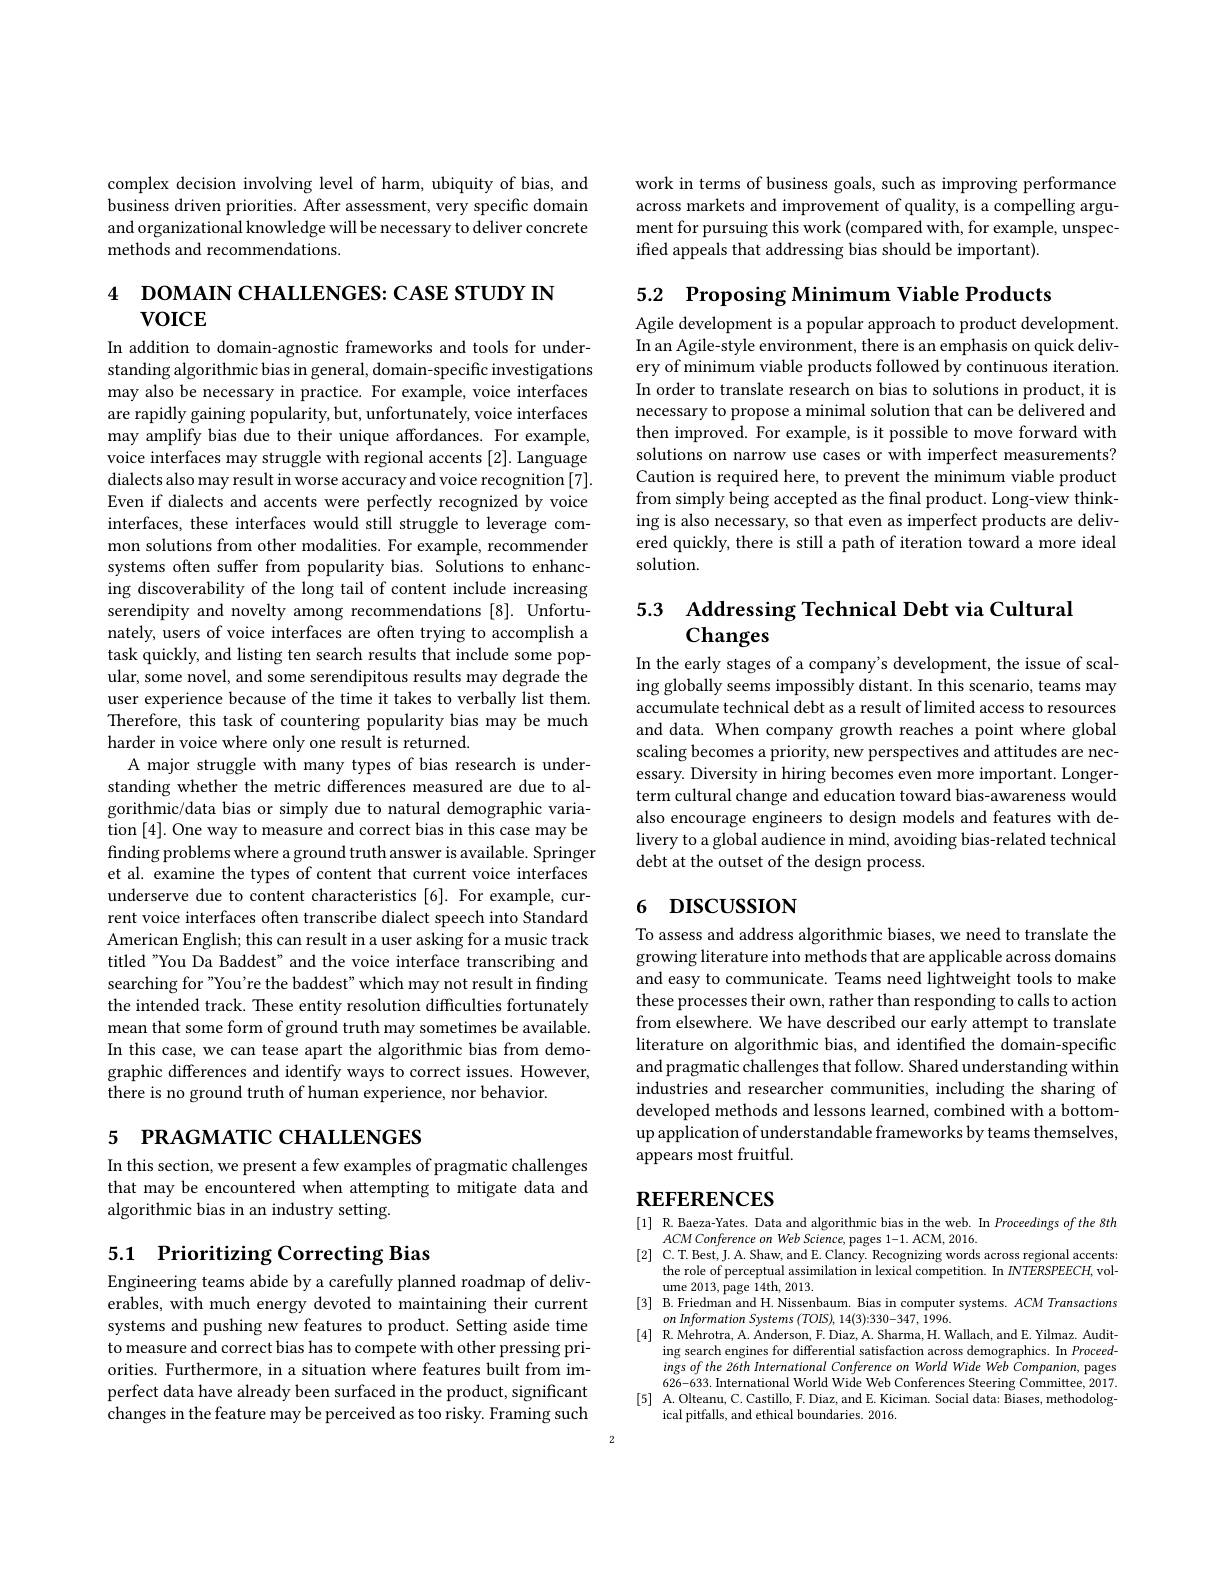
complex decision involving level of harm, ubiquity of bias, and business driven priorities. After assessment, very specific domain and organizational knowledge will be necessary to deliver concrete methods and recommendations.

4 DOMAIN CHALLENGES: CASE STUDY IN
$VOICE$

In addition to domain-agnostic frameworks and tools for understanding algorithmic bias in general, domain-specific investigations may also be necessary in practice. For example, voice interfaces are rapidly gaining popularity, but, unfortunately, voice interfaces may amplify bias due to their unique affordances. For example, voice interfaces may struggle with regional accents [2]. Language dialects also may result in worse accuracy and voice recognition [7]. Even if dialects and accents were perfectly recognized by voice interfaces, these interfaces would still struggle to leverage common solutions from other modalities. For example, recommender systems often suffer from popularity bias. Solutions to enhancing discoverability of the long tail of content include increasing serendipity and novelty among recommendations [8]. Unfortunately, users of voice interfaces are often trying to accomplish a task quickly, and listing ten search results that include some popular, some novel, and some serendipitous results may degrade the user experience because of the time it takes to verbally list them. Therefore, this task of countering popularity bias may be much harder in voice where only one result is returned.
A major struggle with many types of bias research is understanding whether the metric differences measured are due to algorithmic/data bias or simply due to natural demographic variation [4]. One way to measure and correct bias in this case may be finding problems where a ground truth answer is available. Springer et al. examine the types of content that current voice interfaces underserve due to content characteristics [6]. For example, current voice interfaces often transcribe dialect speech into Standard American English; this can result in a user asking for a music track titled "You Da Baddest" and the voice interface transcribing and searching for "You're the baddest" which may not result in finding the intended track. These entity resolution difficulties fortunately mean that some form of ground truth may sometimes be available. In this case, we can tease apart the algorithmic bias from demographic differences and identify ways to correct issues. However, there is no ground truth of human experience, nor behavior.
5 РRAGMATIC CHALLENGES

In this section, we present a few examples of pragmatic challenges that may be encountered when attempting to mitigate data and algorithmic bias in an industry setting.

# 5.1 Prioritizing Correcting Bias

Engineering teams abide by a carefully planned roadmap of deliverables, with much energy devoted to maintaining their current systems and pushing new features to product. Setting aside time to measure and correct bias has to compete with other pressing priorities. Furthermore, in a situation where features built from imperfect data have already been surfaced in the product, significant changes in the feature may be perceived as too risky. Framing such

work in terms of business goals, such as improving performance across markets and improvement of quality, is a compelling argument for pursuing this work (compared with, for example, unspecified appeals that addressing bias should be important).

5.2 Proposing Minimum Viable Products

Agile development is a popular approach to product development. In an Agile-style environment, there is an emphasis on quick delivery of minimum viable products followed by continuous iteration. In order to translate research on bias to solutions in product, it is necessary to propose a minimal solution that can be delivered and then improved. For example, is it possible to move forward with solutions on narrow use cases or with imperfect measurements? Caution is required here, to prevent the minimum viable product from simply being accepted as the final product. Long-view thinking is also necessary, so that even as imperfect products are delivered quickly, there is still a path of iteration toward a more ideal solution.

5.3 Addressing Technical Debt via Cultural
Changes

In the early stages of a company's development, the issue of scaling globally seems impossibly distant. In this scenario, teams may accumulate technical debt as a result of limited access to resources and data. When company growth reaches a point where global scaling becomes a priority, new perspectives and attitudes are necessary. Diversity in hiring becomes even more important. Longerterm cultural change and education toward bias-awareness would also encourage engineers to design models and features with delivery to a global audience in mind, avoiding bias-related technical debt at the outset of the design process.

# 6 DISCUSSION

To assess and address algorithmic biases, we need to translate the growing literature into methods that are applicable across domains and easy to communicate. Teams need lightweight tools to make these processes their own, rather than responding to calls to action from elsewhere. We have described our early attempt to translate literature on algorithmic bias, and identified the domain-specific and pragmatic challenges that follow. Shared understanding within industries and researcher communities, including the sharing of developed methods and lessons learned, combined with a bottomup application of understandable frameworks by teams themselves, appears most fruitful.

# REFERENCES

[1] R.Baeza-Yates. Data and algorithmic bias in the web. In Proceedings of the 8th
$ACMConferenceonWebScience$,pages 1-1. ACM, 2016.
[2] C.T.Best,J.A.Shaw, and E. Clancy. Recognizing words across regional accents:
the role of perceptual assimilation in lexical competition. In $INTERSPEECH$,vol-
$\operatorname*{ume}2013$,page 14th,2013.
[3] B.Friedman and H. Nissenbaum. Bias in computer systems. $ACM$ Transactions
onInformation Systems $(TOIS),14(3);330-347,1996.$
[4] R. Mehrotra, A. Anderson, F. Diaz, A. Sharma, H. Wallach, and E. Yilmaz. Audit-
$\operatorname{ing}$ search engines for differential satisfaction across demographics. In $Proceed-$ $ingsofthe26thIntermationalConferenceonWorldWideWebCompanion$, pages 626-633. International World Wide Web Conferences Steering Committee, 2017.
[5] A.Olteanu, C. Castillo, F. Diaz, and E. Kiciman. Social data: Biases, methodolog-
ical pitfalls, and ethical boundaries. 2016.